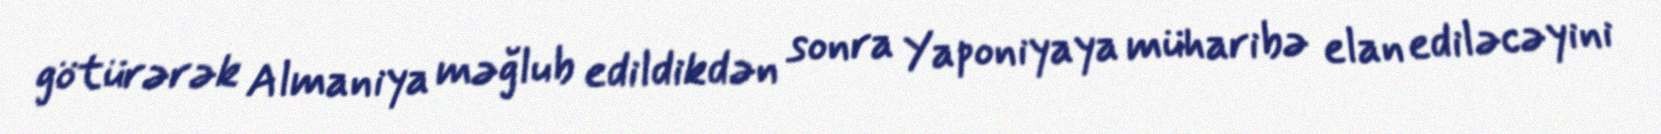
götürərək Almaniya məğlub edildikdən sonra Yaponiyaya müharibə elan ediləcəyini